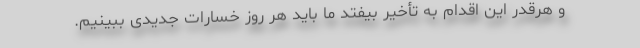
و هرقدر این اقدام به تأخیر بیفتد ما باید هر روز خسارات جدیدی ببینیم.